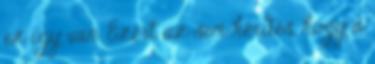
ez így van. Ezért az sem kérdés, hogy a